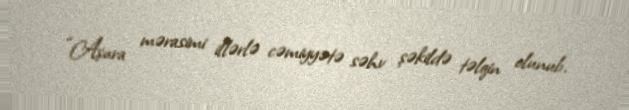
“Aşura mərasimi illərlə cəmiyyətə səhv şəkildə təlqin olunub.